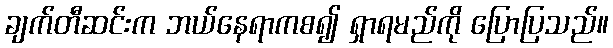
ချက်တီဆင်းက ဘယ်နေရာကစ၍ ရှာရမည်ကို ပြောပြသည်။